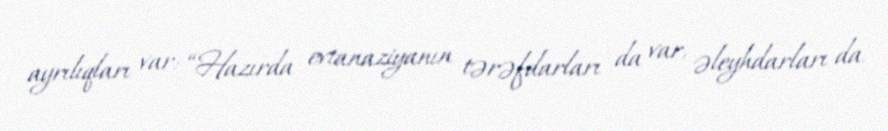
ayrılıqları var: “Hazırda evtanaziyanın tərəfdarları da var, əleyhdarları da.